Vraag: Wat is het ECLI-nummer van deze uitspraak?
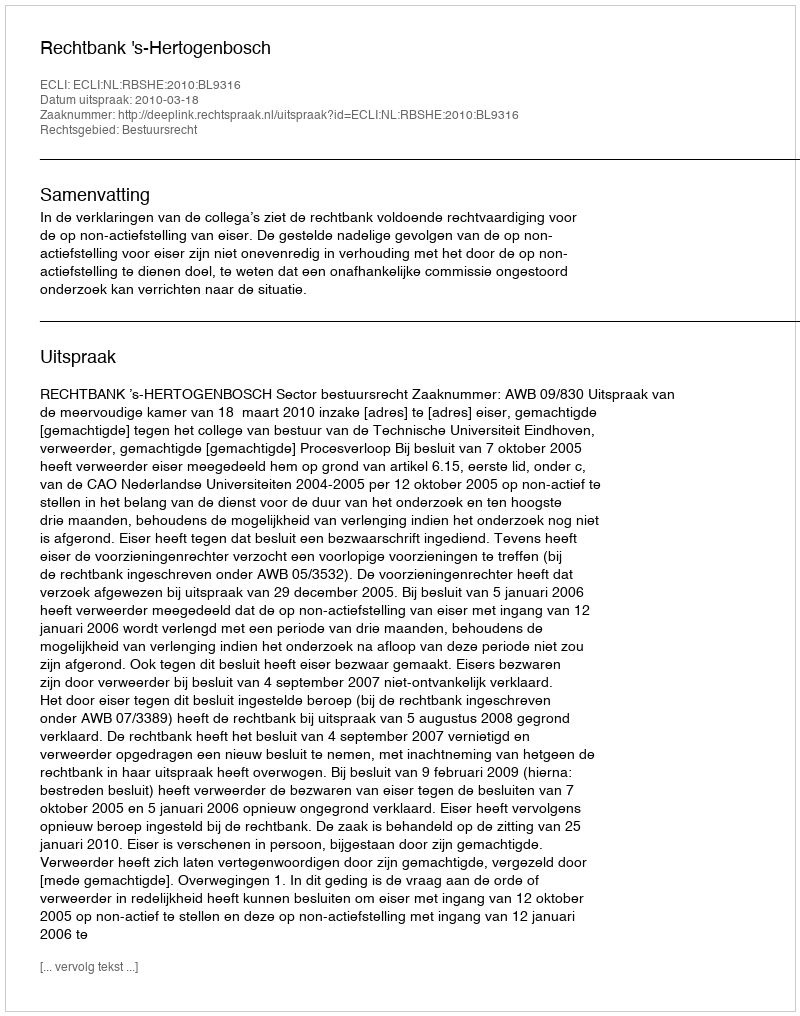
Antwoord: ECLI:NL:RBSHE:2010:BL9316